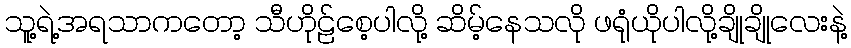
သူ့ရဲ့အရသာကတော့ သီဟိုုဠ်စေ့ပါလိုု့ ဆိမ့်နေသလိုု ဖရုုံယိုုပါလိုု့ချိုချိုလေးနဲ့